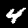
Digit: 4